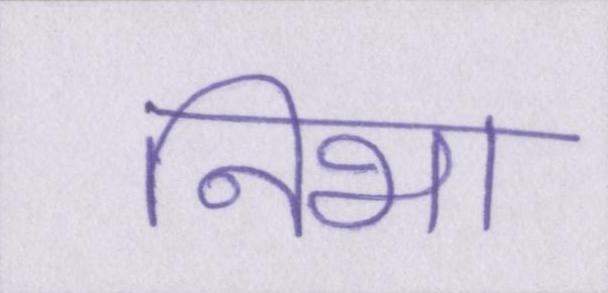
निभा